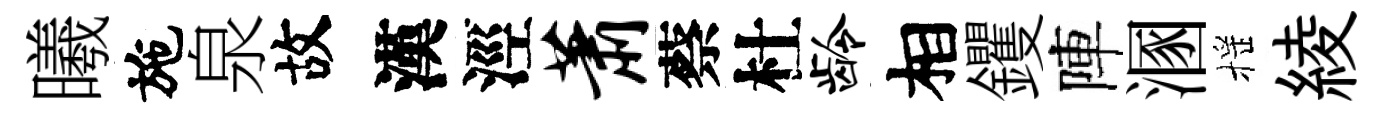
曦施泉故漢涇萧蔡杜龄相钁陣溷摇綾